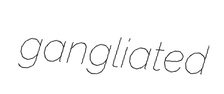
gangliated